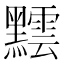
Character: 𪒝